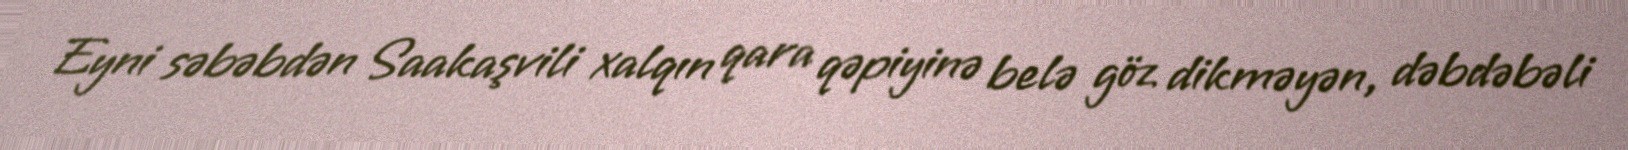
Eyni səbəbdən Saakaşvili xalqın qara qəpiyinə belə göz dikməyən, dəbdəbəli